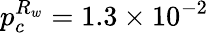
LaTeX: p_{c}^{R_{w}}=1.3\times 10^{-2}